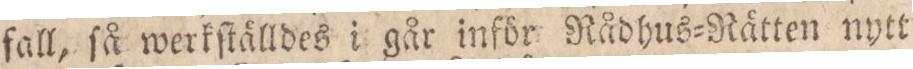
fall, ſå werkſtälldes i går inför Rådhus=Rätten nytt